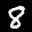
Label: 8